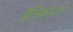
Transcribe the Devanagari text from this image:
हैलिकोप्‍टरों